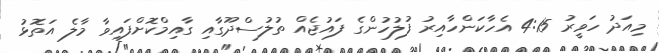
މިއަދު ހަވީރު 4:15 އެހާކަންހާއިރު ފުލުހުންގެ ފައުޖެއް ތުލުސްދޫގާއި ގާއިމްކޮށްފައިވާ މާލެ އަތޮޅު